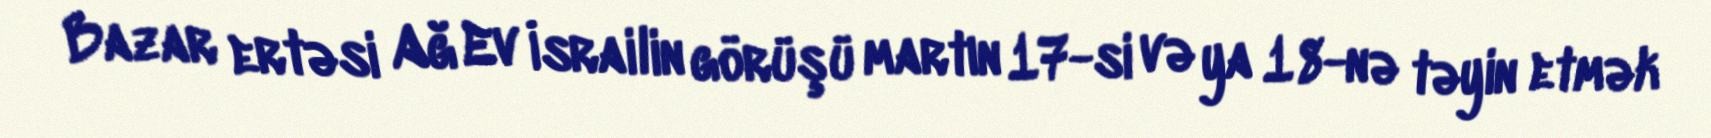
Bazar ertəsi Ağ Ev İsrailin görüşü martın 17-si və ya 18-nə təyin etmək